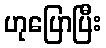
ဟုပြောပြီး